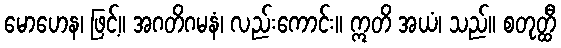
မောဟေန၊ ဖြင့်။ အဂတိဂမနံ၊ လည်းကောင်း။ ဣတိ အယံ၊ သည်။ စတုတ္ထီ